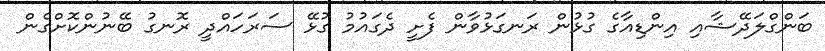
ބަންގްލަދޭޝާއި އިންޑިއާގެ ގުޅުން ރަނގަޅުވާން ފެށީ ދެގައުމު ގުޅޭ ސަރަހައްދީ ރޮނގު ބޭނުންކޮށްގެން